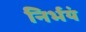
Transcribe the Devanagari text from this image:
निर्भयं